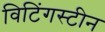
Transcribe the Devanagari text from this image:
विटिंगस्टीन